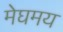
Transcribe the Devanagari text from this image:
मेघमय